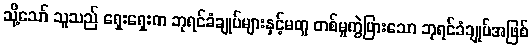
သို့သော် သူသည် ရှေးရှေးက ဘုရင်ခံချုပ်များနှင့်မတူ တစ်မူကွဲပြားသော ဘုရင်ခံချုပ်အဖြစ်